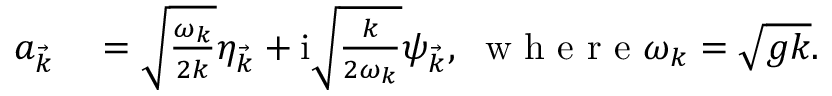
\begin{array} { r l } { a _ { \vec { k } } } & { { } = \sqrt \frac { \omega _ { k } } { 2 k } \eta _ { \vec { k } } + \mathrm i \sqrt \frac { k } { 2 \omega _ { k } } \psi _ { \vec { k } } , \; \mathrm { ~ w ~ h ~ e ~ r ~ e ~ } \omega _ { k } = \sqrt { g k } . } \end{array}